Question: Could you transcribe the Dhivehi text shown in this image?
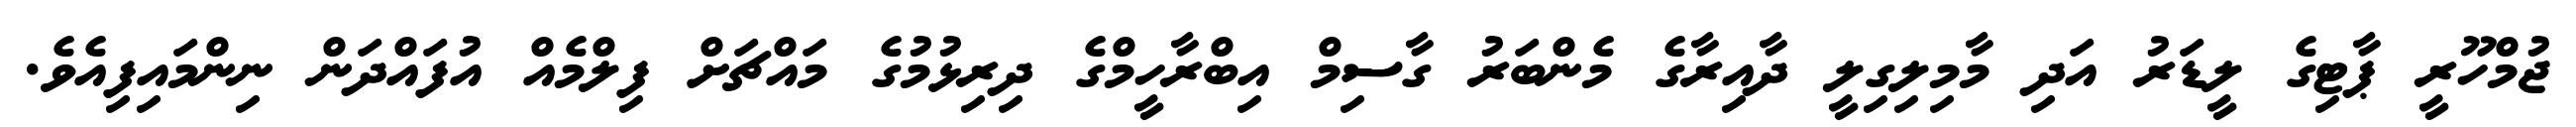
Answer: ޖުމްހޫރީ ޕާޓިގެ ލީޑަރު އަދި މާމިލިގިލީ ދާއިރާގެ މެންބަރު ގާސިމް އިބްރާހީމްގެ ދިރިޅުމުގެ މައްޗަށް ފިލްމެއް އުފައްދަން ނިންމައިފިއެވެ.